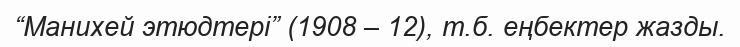
“Манихей этюдтері” (1908 – 12), т.б. еңбектер жазды.